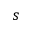
s